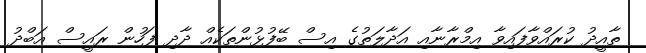
ތާއީދު ކުރައްވާފައިވާ އިމްރާނާއި އަދާލަތުގެ އިސް ބޭފުޅުންތަކެއް ދާދި ފަހުން ރައީސް އަބްދު